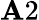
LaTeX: \mathbf{A}2